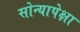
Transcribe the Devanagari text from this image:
सोन्यापेक्षा